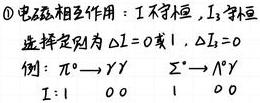
$\textcircled{1}$电磁相互作用：$I_1$守恒，$I_3$守恒
选择定则为$\Delta I = 0或1，\Delta I_3 = 0$
例：$\pi^0\rightarrow\gamma\gamma$  $\Sigma^+\rightarrow\Lambda^0\gamma$
$I:$ 1  0  0  1  0  0